Trukikaitis_Postimees, lk 5
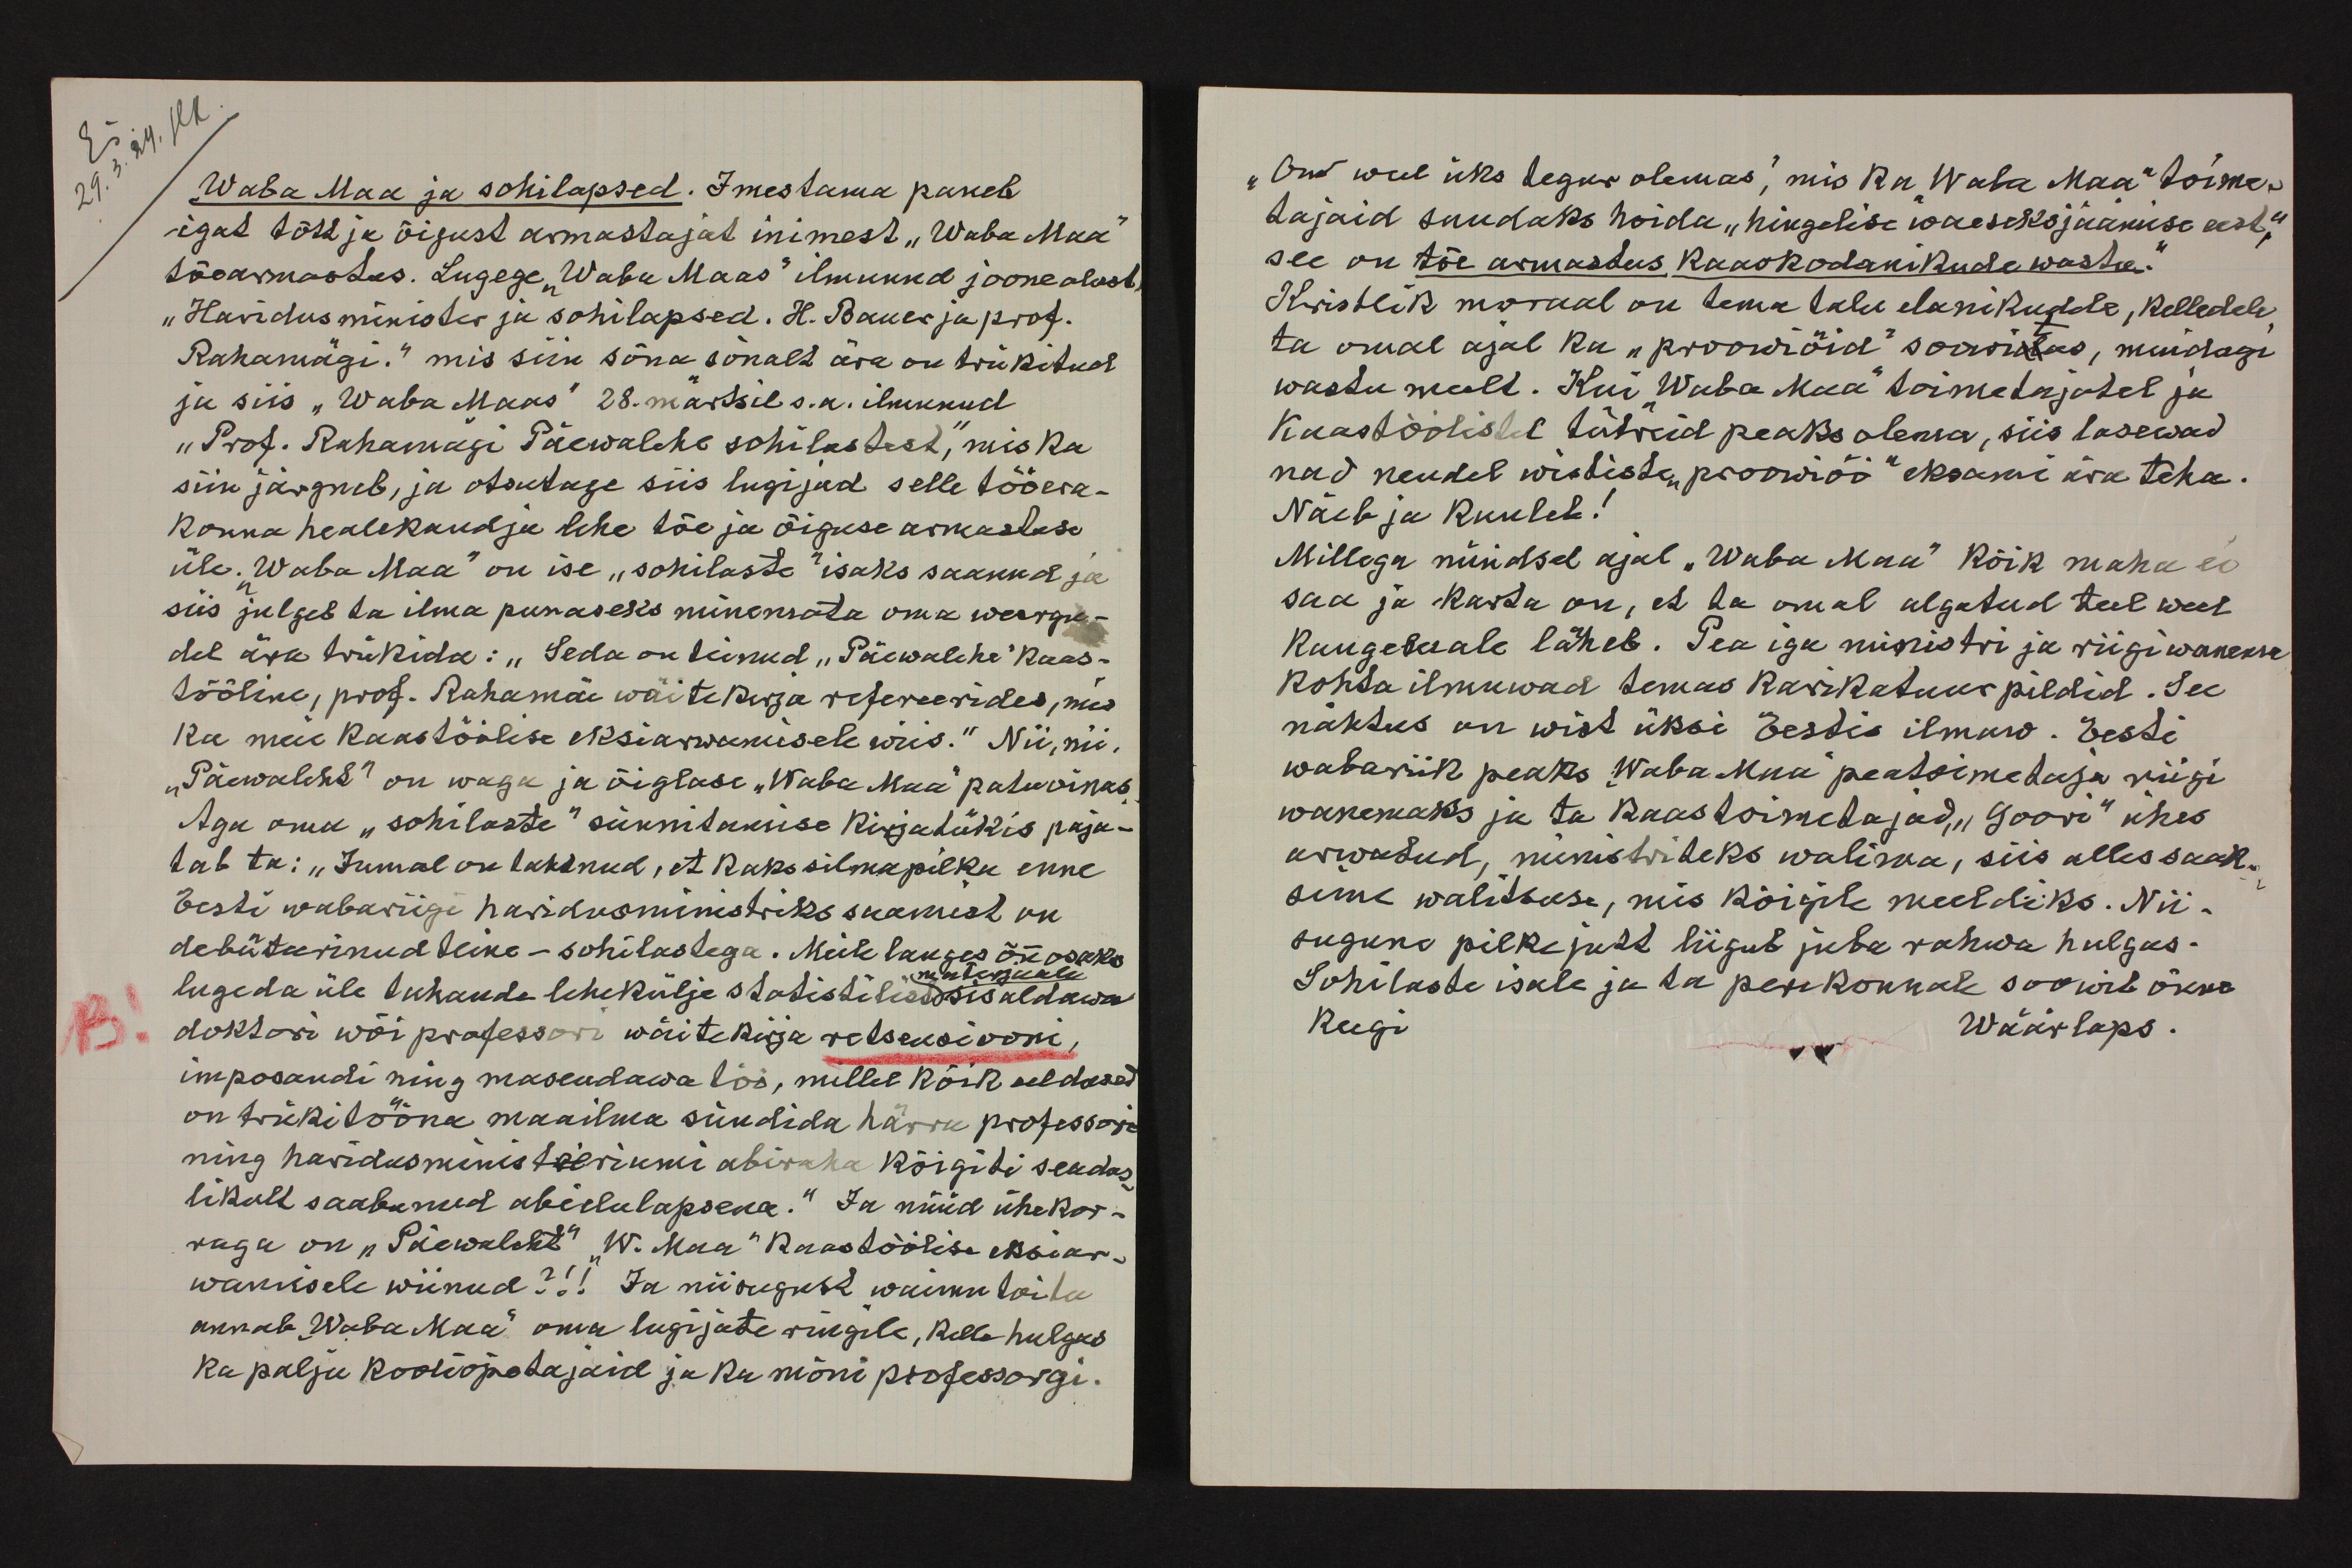
Waba Maa ja sohilapsed. Imestama paneb
igat tõtt ja õigust armastajat inimest "Waba Maa"
tõearmastus. Lugege "Waba Maas" ilmunud joonealust,
"Haridus minister ja sohilapsed. H. Bauer ja prof.
Rahamägi." mis siin sõna sõnalt ära on trükitud
ju siis "Waba Maas" 28. märtsil s.a. ilmunud
"Prof. Rahamagi Päewalehe sohilastest", mis ka
siin järgneb, ja otsutage siis lugijad selle tööera-
konna healekandja lehe tõe ja õiguse armastuse
üle. "Waba Maa" on ise "sohilaste" isaks saanud ja
siis julgeb ta ilma punasesks minemata oma weergu-
del ära trükida: „Seda on teinud "Päewalehe" kaas-
tööline, prof. Rahamäe wäitekirja refereerides, mis
ka meie kaastöölise eksiarwamisele wiis." Nii, nii,
„Päewaleht" on waga ja õiglase "Waba Maa" patuoinas,
Aga oma "sohilaste" sünnitamise kirjatükis paja-
tab ta: "Jumal on tahtnud, et kaks silmapilku enne
Eesti wabariigi haridusministriks saamist on
debüteerinud teine - sohilastega. Meile langes õnn osaks
materjaale
lugeda üle tuhande lehekülje statistilist sisaldawa
NB!
doktori wõi professori wäitekirja retsensiooni
imposandi ning masendawa töö, millel kõik eeldused
on trükitööna maailma sündida härra professori
ning haridusministeeriumi abiraha kõigiti seadus-
likult saabunud abielulapsena." Ja nüüd ühekor-
raga on "Päewaleht" "W. Maa " kaastöölise eksiar-
wamisele wiinud?!! Ja niisugust waimu toitu
annab "Waba Maa" oma lugijate ringile, kelle hulgas
ka palju kooliõpetajaid ja ka mõni professorgi.

"On weel üks tegur olemas", mis ka "Waba Maa" toime-
tajaid suudaks hoida "hingelise waeseksjäämise eest",
see on tõe armastus kaaskodanikude wastu."
Kristlik moraal on tema talu elanikudele, kelledele
ta omal ajal ka "proowiöid" soowitas, muidagi
wastawalt. Kui "Waba Maa" toimetajatel ja
Kaastöölistel tütreid peaks olema, siis lasewad
nad nendel wististe "рroowiöö" eksami ära teha.
Näeb ja kuuleb!
Millega nüüdsel ajal "Waba Maa" kõik maha ei
saa ja karta on, et ta omal algatud teel weel
kaugemale läheb. Pea iga ministri ja riigiwanema
kohta ilmuwad temas karikatuur pildid. See
nähtus on wist üksi Eestis ilmuw. Eesti
wabariik peaks "Waba Maa" peatoimetaja riigi
wanemaks ja ta kaastoimetajad, "Soori" ühes
arwatud, ministriteks walima, siis alles saak-
sime walitsuse, mis kõigile meeldiks. Nii-
sugune pilkejutt liigub juba rahwa hulgas.
Sohilaste isale ja ta perekonnale soowib õnne
Keegi
Wäärlaps.